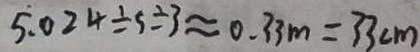
5 . 0 2 4 \div 5 \div 3 \approx 0 . 3 3 m = 3 3 c m